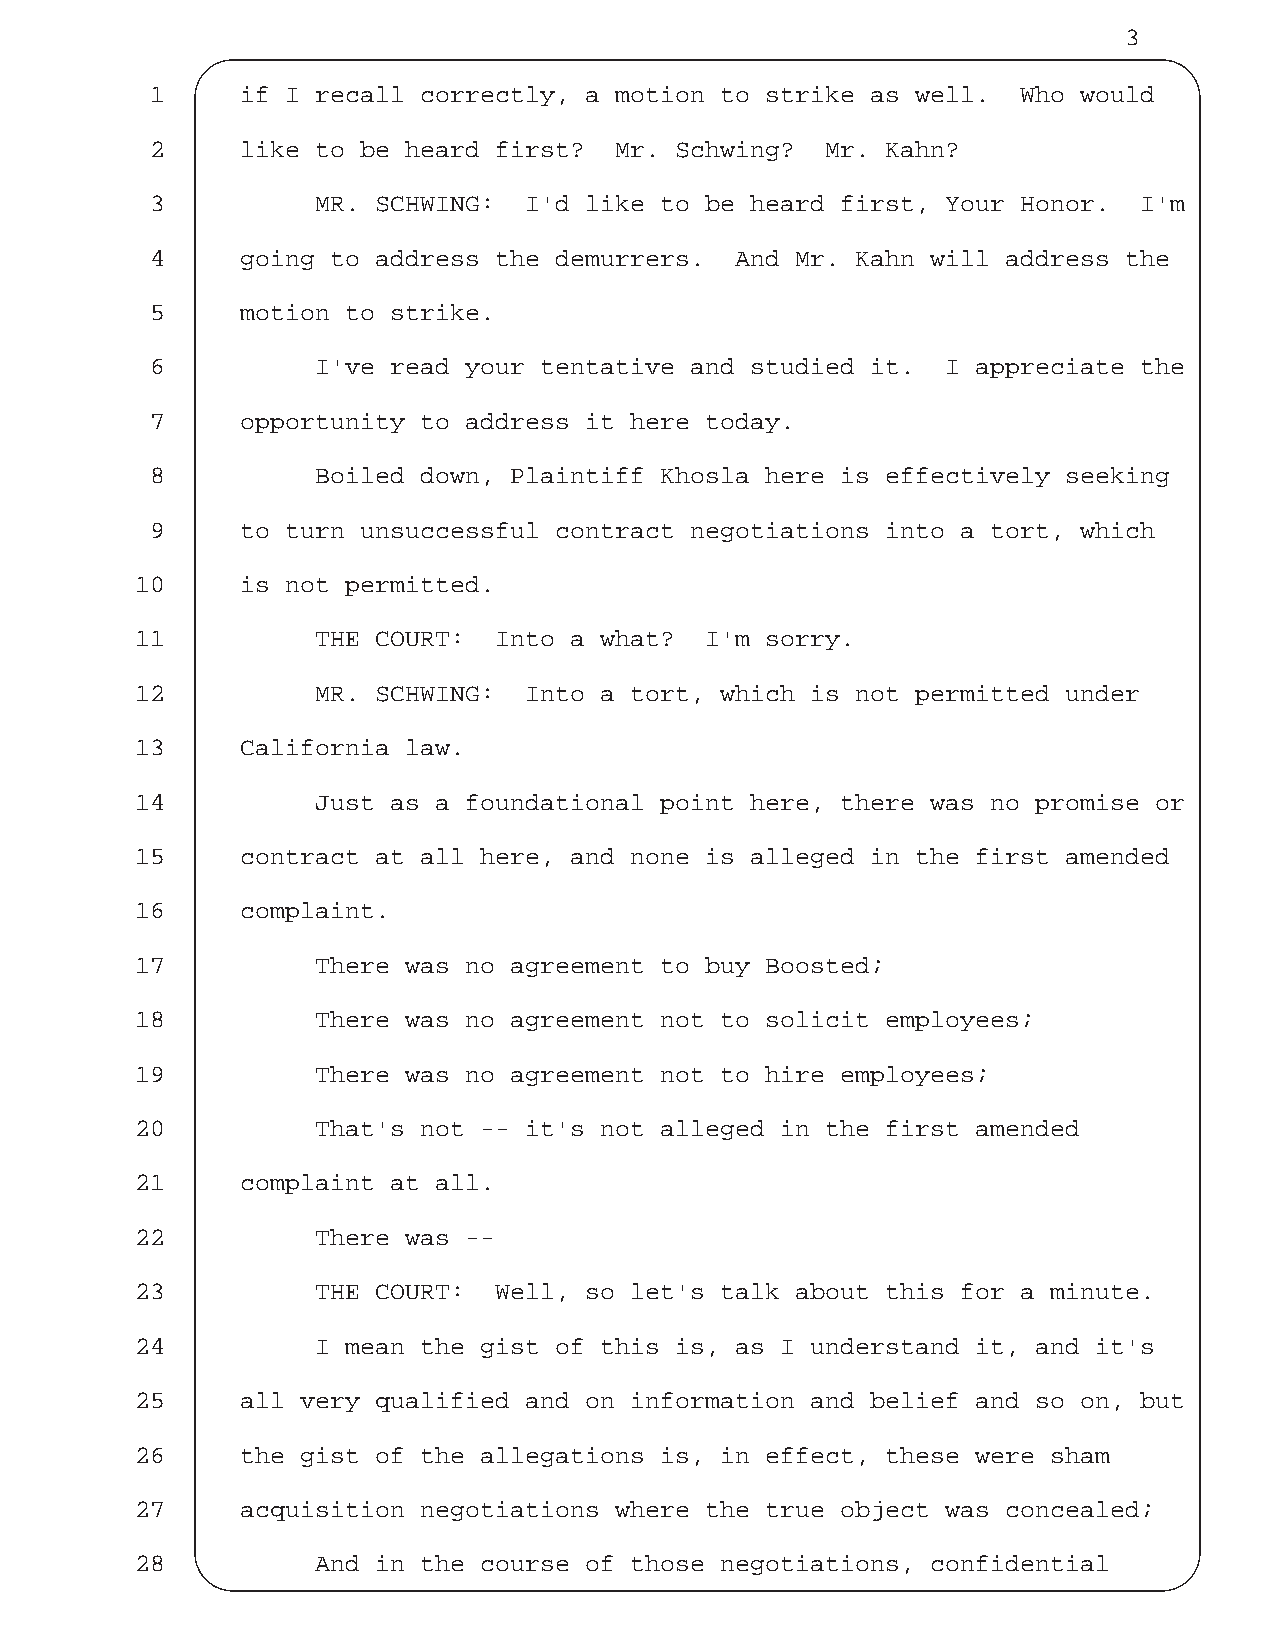
3
 1     if I recall correctly, a motion to strike as well.  Who would
 2     like to be heard first?  Mr. Schwing?  Mr. Kahn?
 3          MR. SCHWING:  I'd like to be heard first, Your Honor. I'm
 4     going to address the demurrers.  And Mr. Kahn will address the
 5     motion to strike.
 6          I've read your tentative and studied it.  I appreciate the
 7     opportunity to address it here today.
 8          Boiled down, Plaintiff Khosla here is effectively seeking
 9     to turn unsuccessful contract negotiations into a tort, which
 10     is not permitted.
 11          THE COURT:  Into a what?  I'm sorry.
 12          MR. SCHWING:  Into a tort, which is not permitted under
 13     California law.
 14          Just as a foundational point here, there was no promise or
 15     contract at all here, and none is alleged in the first amended
 16     complaint.
 17          There was no agreement to buy Boosted;
 18          There was no agreement not to solicit employees;
 19          There was no agreement not to hire employees;
 20          That's not -- it's not alleged in the first amended
 21     complaint at all.
 22          There was --
 23          THE COURT:  Well, so let's talk about this for a minute.
 24          I mean the gist of this is, as I understand it, and it's
 25     all very qualified and on information and belief and so on, but
 26     the gist of the allegations is, in effect, these were sham
 27     acquisition negotiations where the true object was concealed;
 28          And in the course of those negotiations, confidential